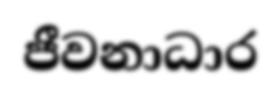
ජීවනාධාර